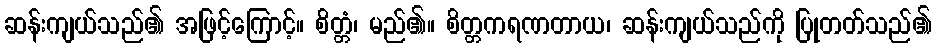
ဆန်းကျယ်သည်၏ အဖြင့်ကြောင့်။ စိတ္တံ၊ မည်၏။ စိတ္တကရဏတာယ၊ ဆန်းကျယ်သည်ကို ပြုတတ်သည်၏